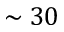
\sim 3 0